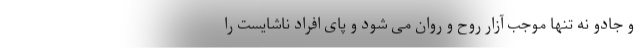
و جادو نه تنها موجب آزار روح و روان می شود و پای افراد ناشایست را